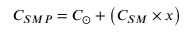
C _ { S M P } = C _ { \odot } + \left( C _ { S M } \times x \right)